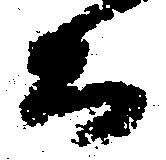
而